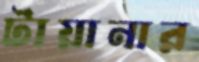
টায়ানার